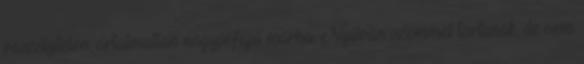
veszélytelen, ártalmatlan nagypofájú marha. Nyilván szemmel tartanak, de nem